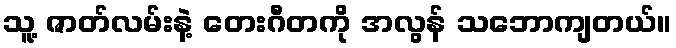
သူ့ ဇာတ်လမ်းနဲ့ တေးဂီတကို အလွန် သဘောကျတယ်။